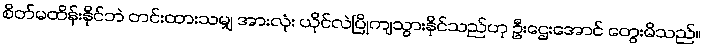
စိတ်မထိန်းနိုင်ဘဲ တင်းထားသမျှ အားလုံး ယိုင်လဲပြိုကျသွားနိုင်သည်ဟု ဦးဌေးအောင် တွေးမိသည်။